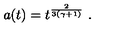
a ( t ) = t ^ { \frac { 2 } { 3 ( \gamma + 1 ) } } \ .